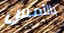
بالأمس